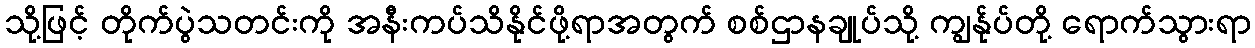
သို့ဖြင့် တိုက်ပွဲသတင်းကို အနီးကပ်သိနိုင်ဖို့ရာအတွက် စစ်ဌာနချုပ်သို့ ကျွန်ုပ်တို့ ရောက်သွားရာ